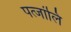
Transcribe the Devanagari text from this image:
पत्जांलि